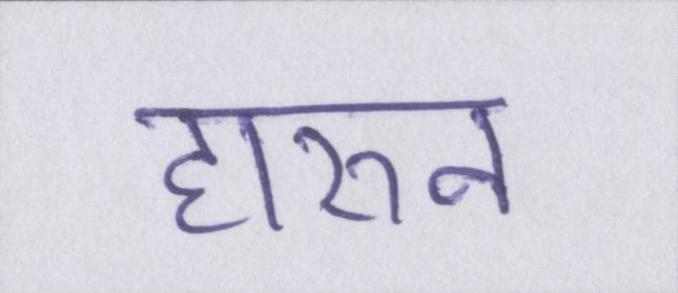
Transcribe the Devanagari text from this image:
हारुन